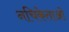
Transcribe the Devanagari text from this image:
नचिकेताओ